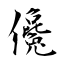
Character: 儳